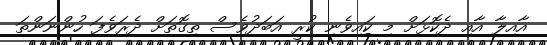
އާއިލާ އާއި ދެކޮޅަށް މި ކައިވެނި ކުރީ އަބަދުވެސް ތިގޮތަށް ދެރަވެފަ ހުންނަންތަ